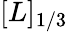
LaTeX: [L]_{1/3}